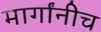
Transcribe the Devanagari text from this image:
मार्गांनीच